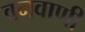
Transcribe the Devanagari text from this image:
वनवाणी